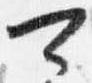
可